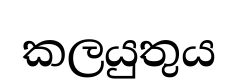
කලයුතුය